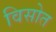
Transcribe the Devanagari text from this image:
विसोत